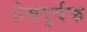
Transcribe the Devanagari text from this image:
प्रेमपुर्वक